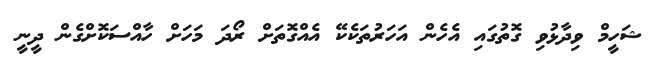
ޝަހީމް ވިދާޅުވި ގޮތުގައި އެހެން އަހަރުތަކެކޭ އެއްގޮތަށް ރޯދަ މަހަށް ހާއްސަކޮށްގެން ދީނީ